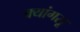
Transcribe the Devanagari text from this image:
क्यांगसू